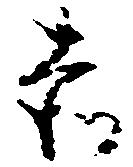
赤